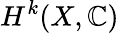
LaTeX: H^{k}(X,\mathbb{C})